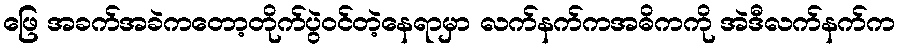
ဖြေ အခက်အခဲကတော့တိုက်ပွဲဝင်တဲ့နေရာမှာ လက်နက်ကအဓိကကို အဲဒီလက်နက်က